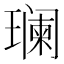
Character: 𬎑